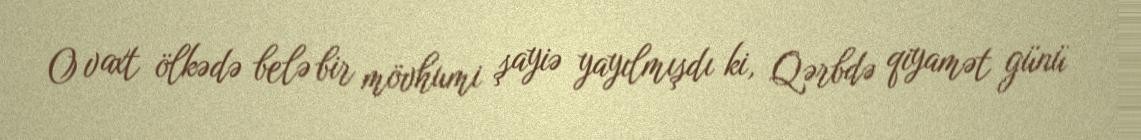
O vaxt ölkədə belə bir mövhumi şayiə yayılmışdı ki, Qərbdə qiyamət günü